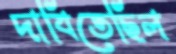
দাবিতেছিল